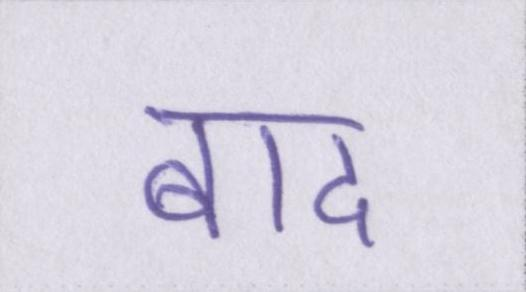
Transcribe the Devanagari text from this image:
बाद